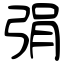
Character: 弲